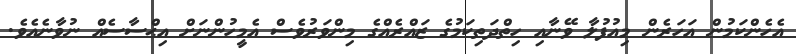
އެހެންކަމުން އަހަރެން މިއުފުލާ ވޭނާއި ހިތްދަތިކަމުގެ ޒައްރެއްގެ މިންވަރުވެސް އެމީހުންނަށް އިޙްސާސެއް ނުވާނެއެވެ.